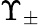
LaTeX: \Upsilon_{\pm}